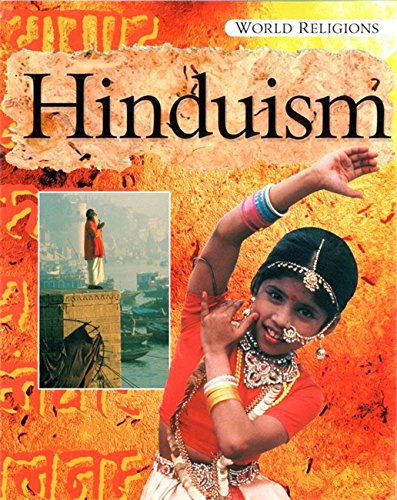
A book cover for Hinduism (World Religions); Katherine Prior; Children's Books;